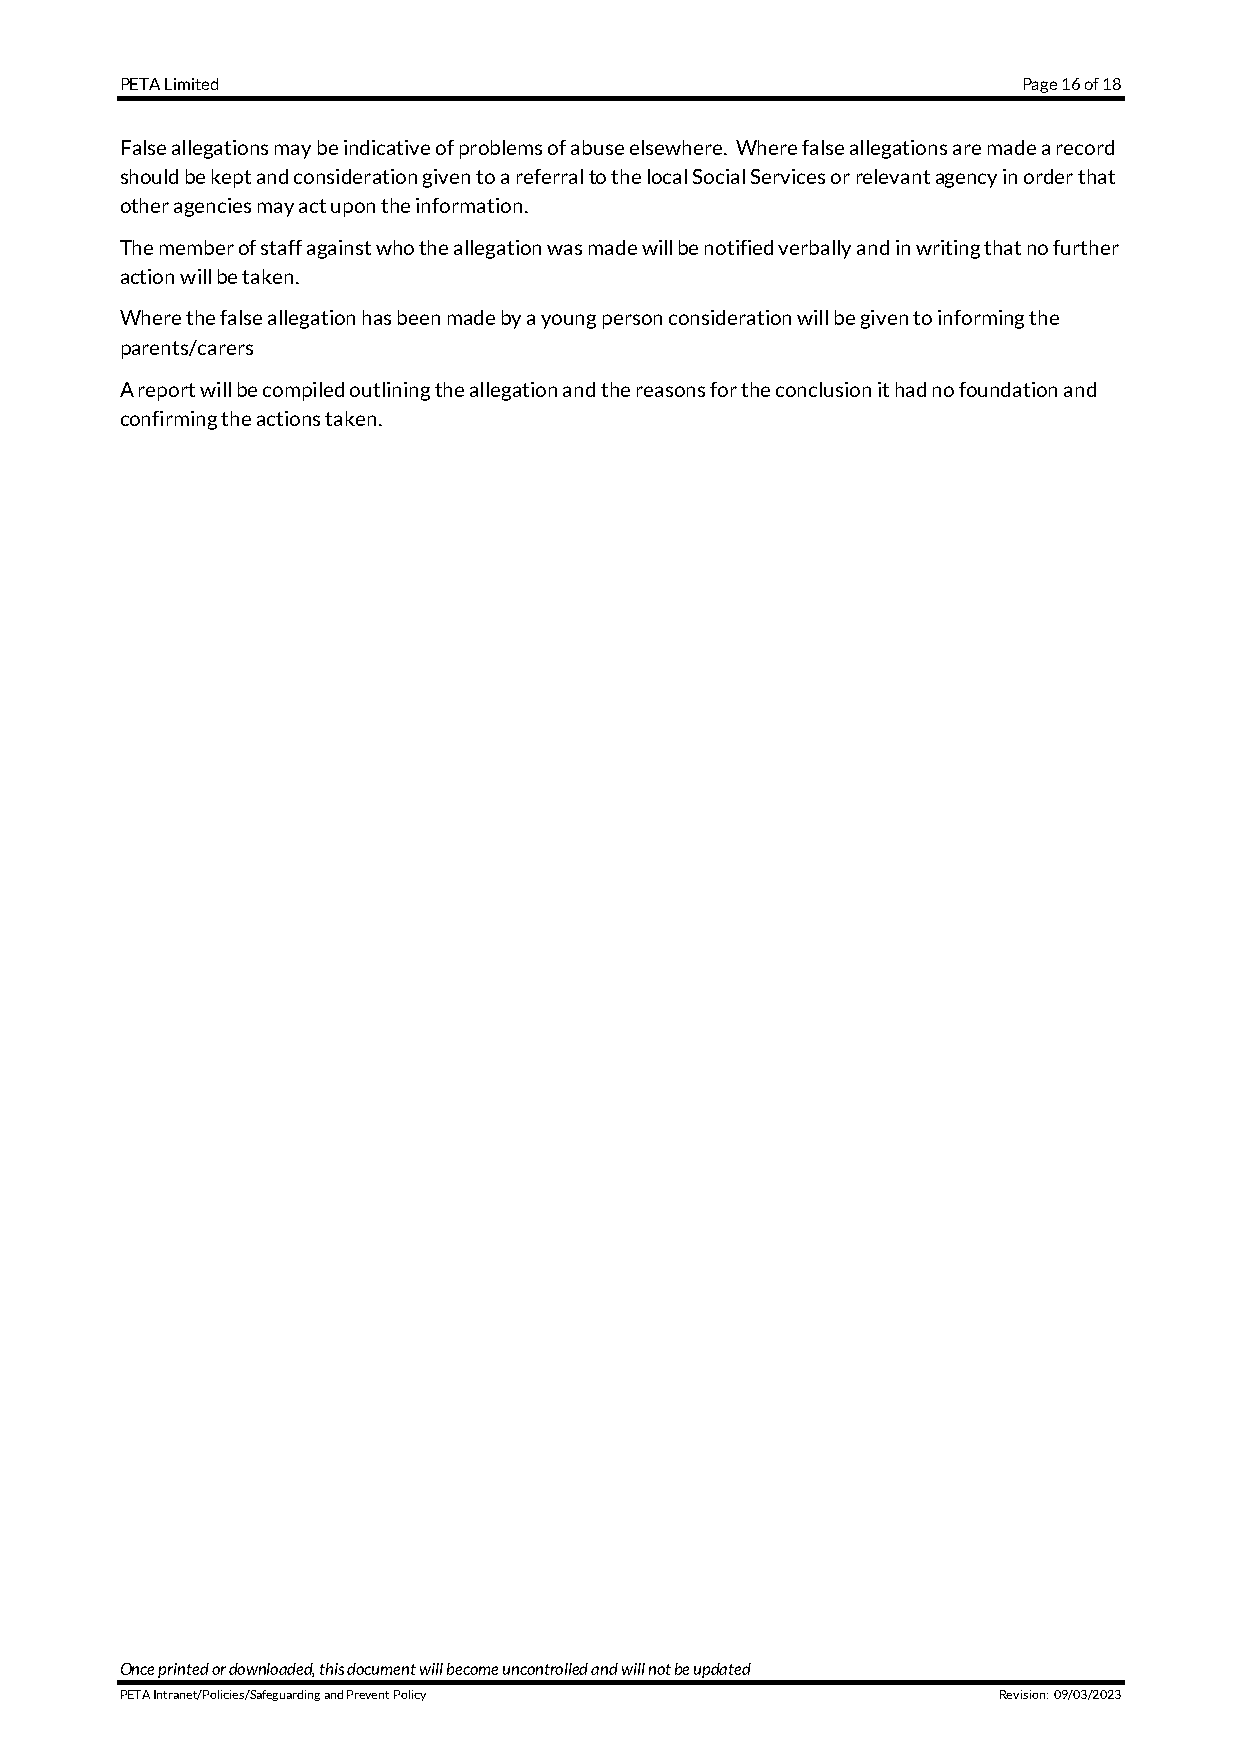
PETA Limited                                                Page 16 of 18
 False allegations may be indicative of problems of abuse elsewhere. Where false allegations are made a record
 should be kept and consideration given to a referral to the local Social Services or relevant agency in order that
 other agencies may act upon the information.
 The member of staff against who the allegation was made will be notified verbally and in writing that no further
 action will be taken.
 Where the false allegation has been made by a young person consideration will be given to informing the
 parents/carers
 A report will be compiled outlining the allegation and the reasons for the conclusion it had no foundation and
 confirming the actions taken.
 Once printed or downloaded, this document will become uncontrolled and will not be updated
 PETA Intranet/Policies/Safeguarding and Prevent Policy    Revision: 09/03/2023